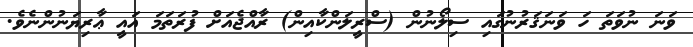
ވަނަ ނުވަތަ ހަ ވަނަޤަރުނުގައި ސިލޯނުން (ސްރީލަންކާއިން) ރާއްޖެއަށް ފުރަތަމަ އައީ ޢާރިޔަނުންނެވެ.